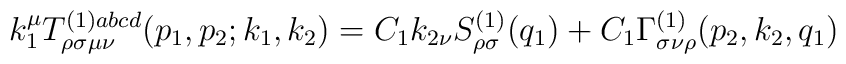
k_1^\mu T_{\rho \sigma \mu \nu }^{(1)abcd}(p_1,p_2;k_1,k_2)=C_1k_{2\nu}S_{\rho \sigma }^{(1)}(q_1)+C_1\Gamma _{\sigma \nu \rho }^{(1)}(p_2,k_2,q_1)